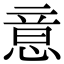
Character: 意